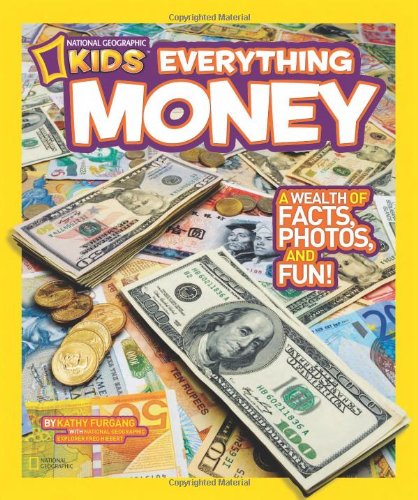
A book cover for National Geographic Kids Everything Money: A wealth of facts, photos, and fun!; Kathy Furgang; Children's Books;